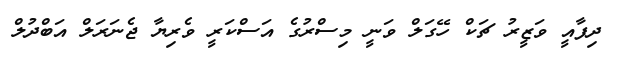
ދިފާއީ ވަޒީރު ޗަކް ހޭގަލް ވަނީ މިސްރުގެ އަސްކަރީ ވެރިޔާ ޖެނަރަލް އަބްދުލް